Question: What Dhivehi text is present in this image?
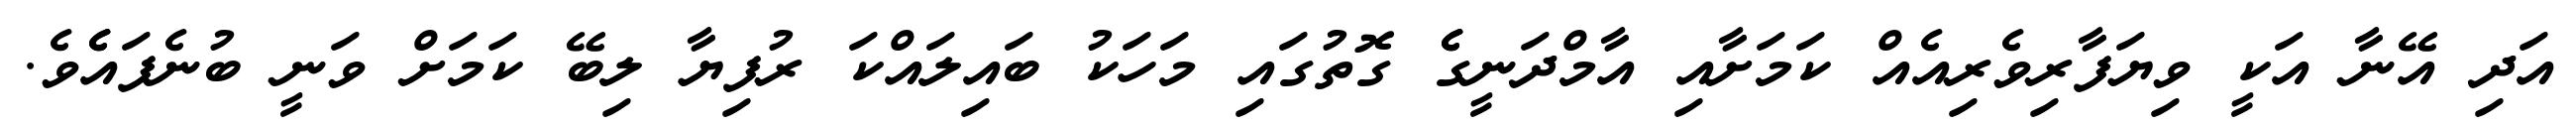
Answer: އަދި އޭނާ އަކީ ވިޔަފާރިވެރިއެއް ކަމަށާއި އާމްދަނީގެެ ގޮތުގައި މަހަކު ބައިލައްކަ ރުފިޔާ ލިބޭ ކަމަށް ވަނީ ބުނެފައެެވެ.